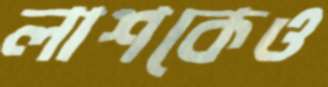
লাশকেও